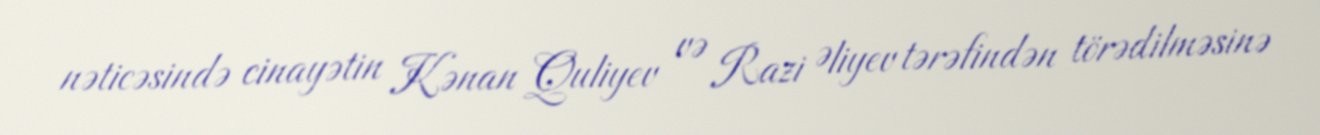
nəticəsində cinayətin Kənan Quliyev və Razi Əliyev tərəfindən törədilməsinə